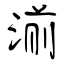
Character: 湔